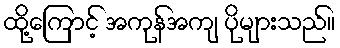
ထို့ကြောင့် အကုန်အကျ ပိုများသည်။